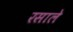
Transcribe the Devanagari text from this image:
रसाले